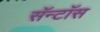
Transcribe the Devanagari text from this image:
सॅन्टाॅस